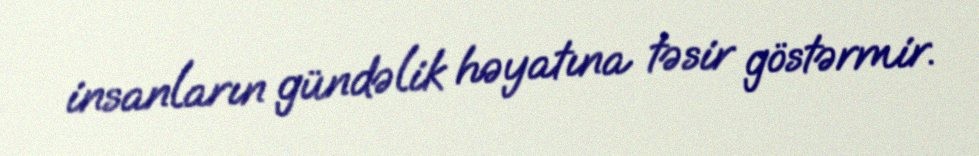
insanların gündəlik həyatına təsir göstərmir.